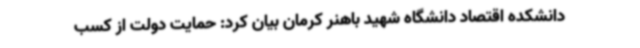
دانشکده اقتصاد دانشگاه شهید باهنر کرمان بیان کرد: حمایت دولت از کسب